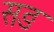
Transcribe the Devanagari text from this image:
सङ